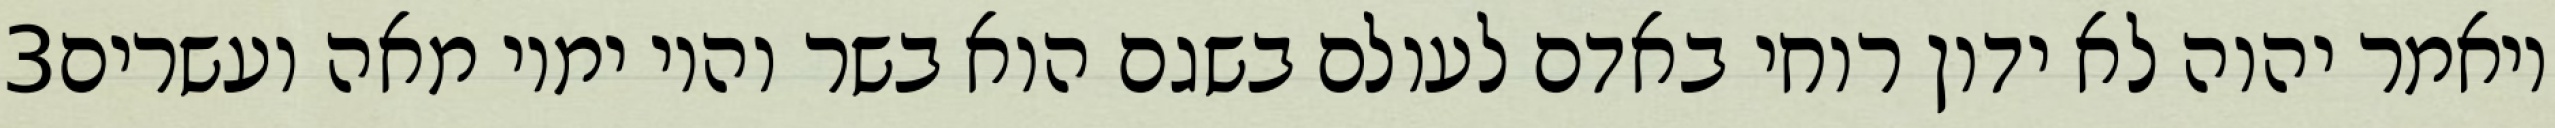
‎3‏ ויאמר יהוה לא ידון רוחי באדם לעולם בשגם הוא בשר והיו ימיו מאה ועשרים